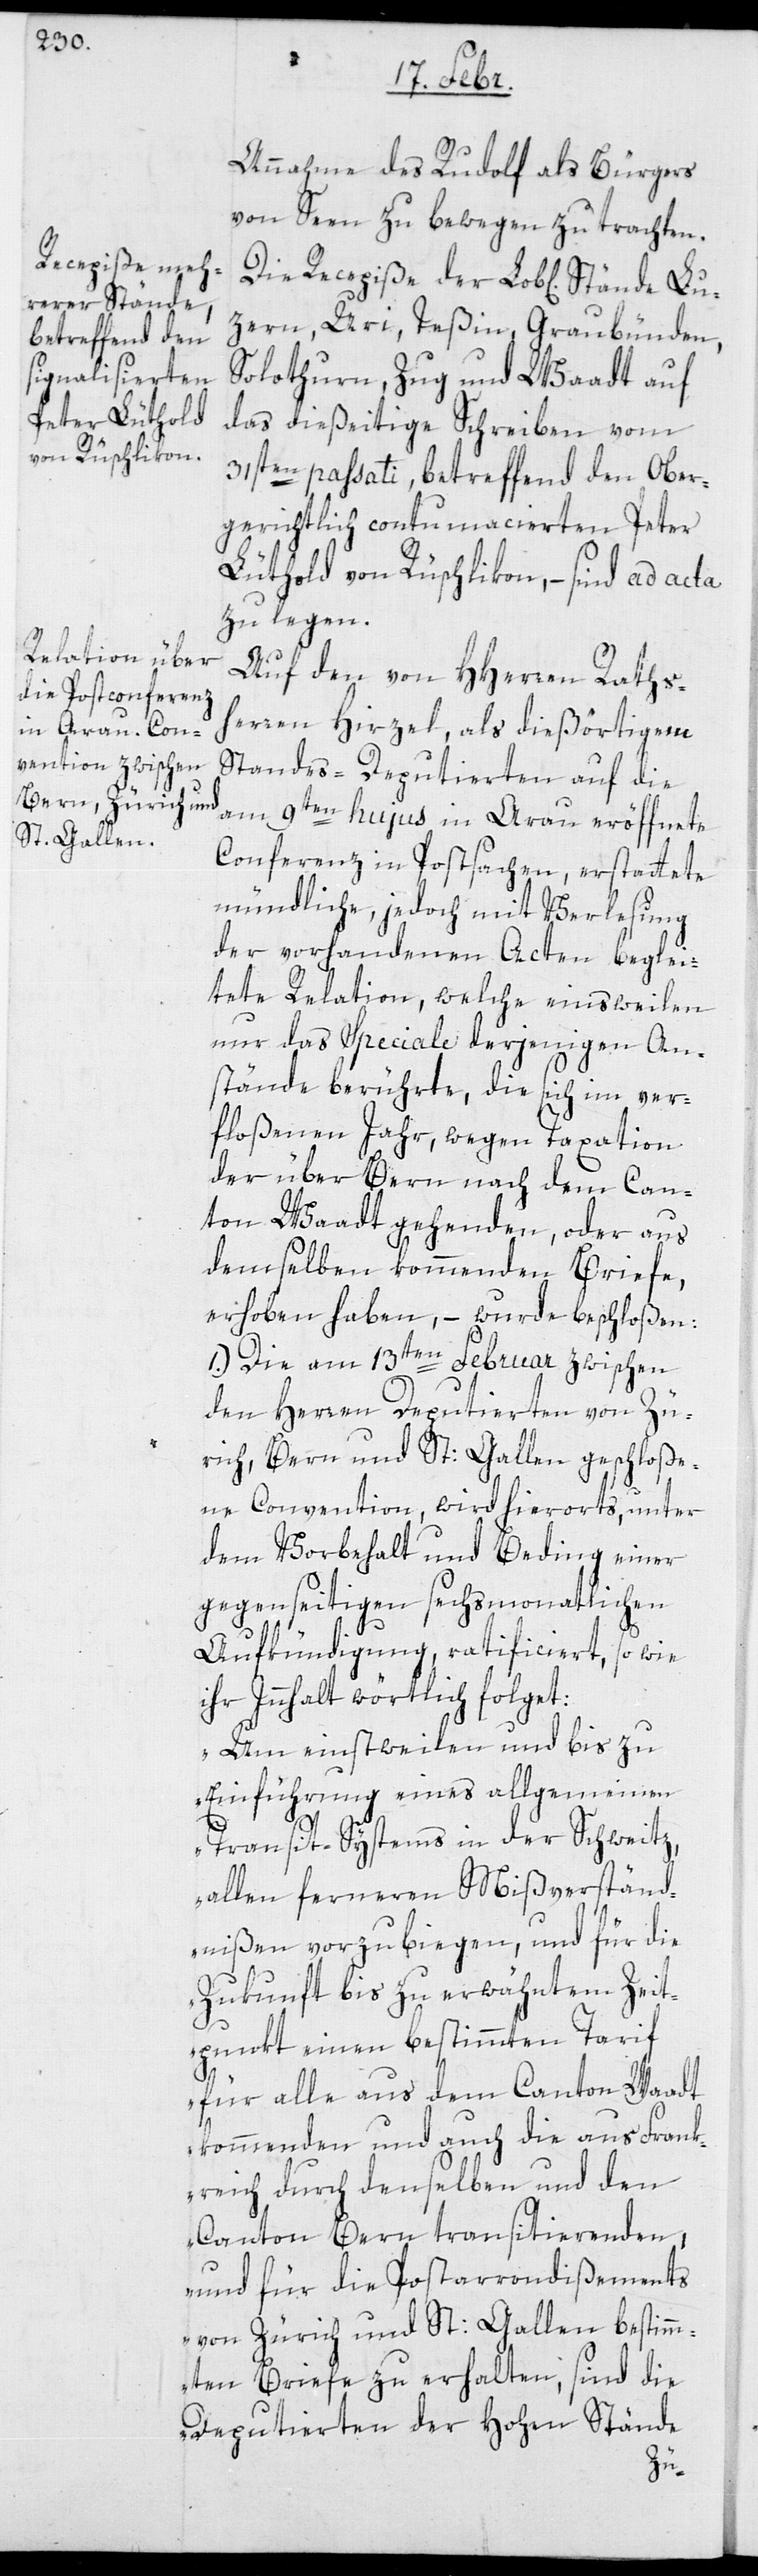
Recepiße der

Annahme des Rudolf als Bürger
von Seen zu bewegen zu trachten.
zern, Uri, Teßin, Graubünden,
Solothurn, Zug und Waadt auf
das dießeitige Schreiben vom
31sten paßati, betreffend den ober¬
gerichtlich contumacierten Peter
Lüthold von Rüschlikon, – sind ad acta
zu legen.
Auf den von HHerren Raths¬
herren Hirzel, als dießörtigem
Standes-Deputierten auf die
am 9ten hujus in Arau eröffnete
Conferenz in Postsachen, erstattete
mündliche, jedoch mit Verlesung
der vorhandenen Acten beglei¬
tete Relation, welche einsweilen
nur das Speciale derjenigen An¬
stände berührte, die sich im ver¬
floßenen Jahr, wegen Taxation
der über Bern nach dem Can¬
ton Waadt gehenden, oder aus
demselben kommenden Briefe,
erhoben haben, – wurde beschloßen:
1.) Die am 13ten Februar zwischen
den Herren Deputierten von Zü¬
rich, Bern und St: Gallen geschloße¬
ne Convention, wird hierorts unter
dem Vorbehalt und Beding einer
gegenseitigen sechsmonatlichen
Aufkündigung, ratificiert, sowie
ihr Innhalt wörtlich folget:
„Um einstweilen und bis zu
Einführung eines allgemeinen
Transit-Systems in der Schweitz,
allen ferneren Mißverständ¬
nißen vorzubiegen, und für die
Zukunft bis zu erwähntem Zeit¬
punkt einen bestimmten Tarif
für alle aus dem Canton Waadt
kommenden und auch die aus Frank¬
reich durch denselben und den
Canton Bern transitierenden,
und für die Postarrondißements
von Zürich und St: Gallen bestimm¬
ten Briefe zu erhalten, sind die
Deputierten der hohen Stände
Lu¬